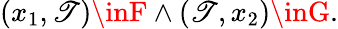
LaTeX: (x_{1},\mathscr{T})\inF\land(\mathscr{T},x_{2})\inG.